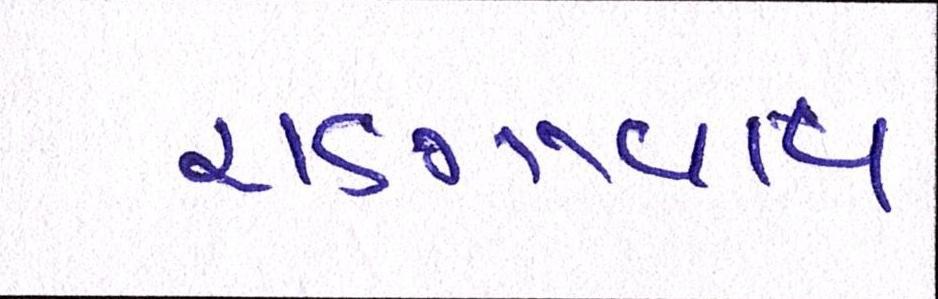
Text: રાણાવાવ